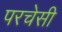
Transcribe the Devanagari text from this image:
परचेसी